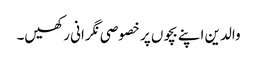
والدین اپنے بچوں پر خصوصی نگرانی رکھیں۔